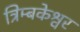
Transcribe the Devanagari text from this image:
त्रिम्बकेश्वर